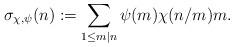
LaTeX: \begin{align*}\sigma_{\chi,\psi }(n) :=\sum_{1 \leq m|n}\psi(m)\chi(n/m)m.\end{align*}